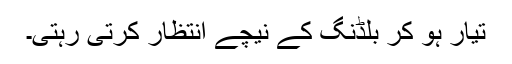
تیار ہو کر بلڈنگ کے نیچے انتظار کرتی رہتی۔